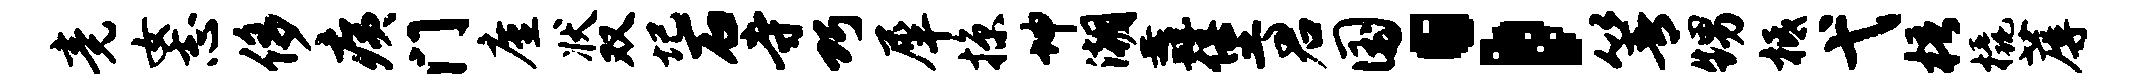
竟女志侈痍门廑状双圮石寺巧犀掠坤潮纛堡君国；箐甥柢弋梧橇蓐